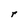
Character: r